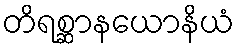
တိရစ္ဆာနယောနိယံ